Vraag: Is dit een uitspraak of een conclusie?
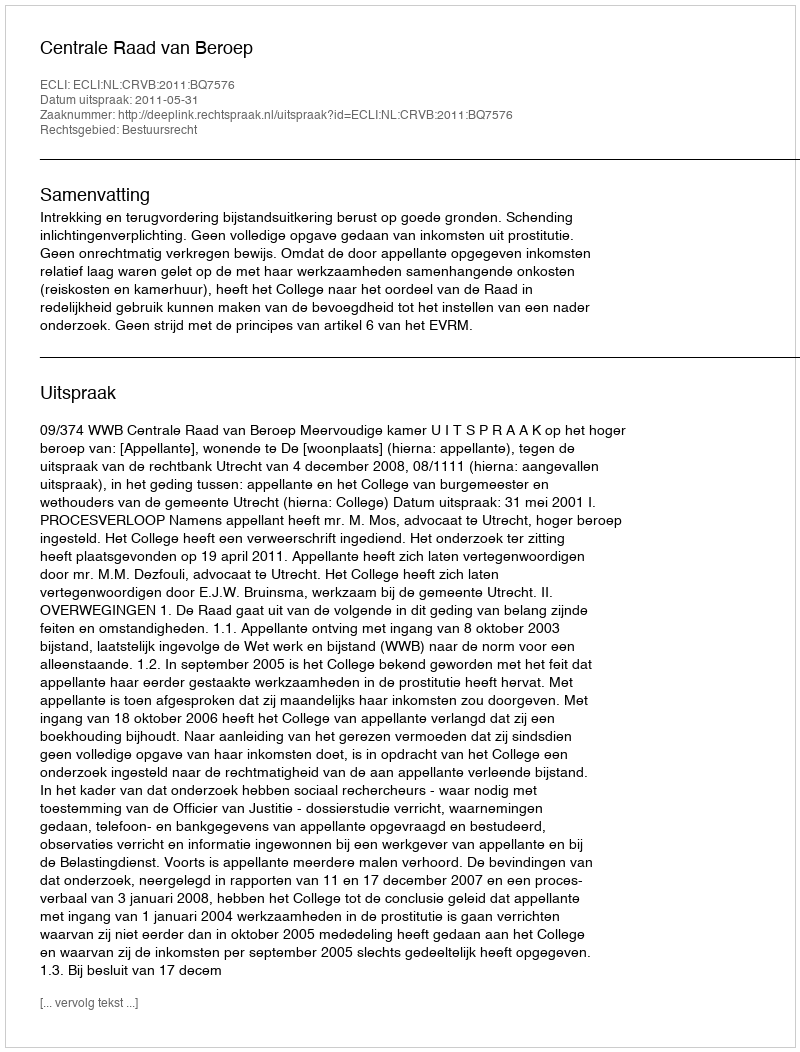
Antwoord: Uitspraak